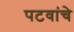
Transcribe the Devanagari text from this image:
पटवांचे